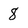
Character: 8